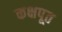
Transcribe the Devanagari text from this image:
कक्षपूत